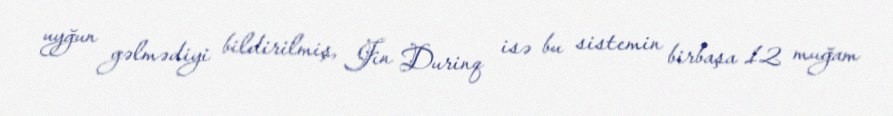
uyğun gəlmədiyi bildirilmiş, Jin Durinq isə bu sistemin birbaşa 12 muğam